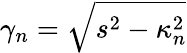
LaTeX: \gamma_{n}=\sqrt{s^{2}-\kappa_{n}^{2}}